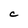
Character: C